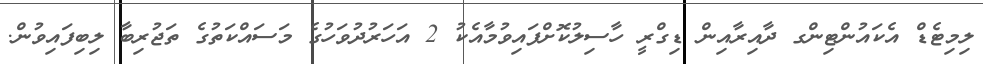
ލިމިޓެޑް އެކައުންޓިންގ ދާއިރާއިން ޑިގްރީ ހާސިލުކޮށްފައިވުމާއެކު 2 އަހަރުދުވަހުގެ މަސައްކަތުގެ ތަޖުރިބާ ލިބިފައިވުން.